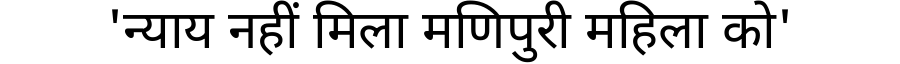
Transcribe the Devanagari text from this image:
'न्याय नहीं मिला मणिपुरी महिला को'